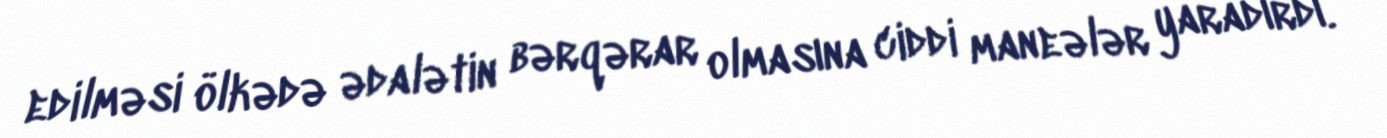
edilməsi ölkədə ədalətin bərqərar olmasına ciddi maneələr yaradırdı.